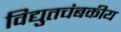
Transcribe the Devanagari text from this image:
विद्युतचंबकीय